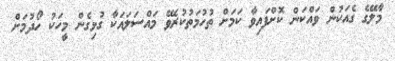
މާލޭގެ ގެއަކުން ވައްކަން ކޮށްފައިވާ ކަމަށް ތުހުމަތުކުރެވޭ މައްސަލައަކާ ގުޅިގެން މީހަކު ހޯދުމަށް